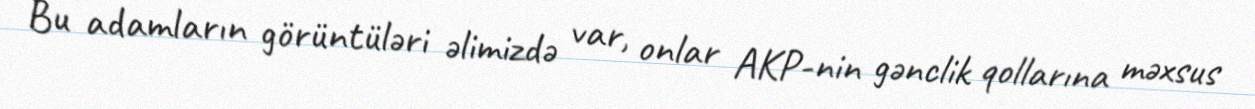
Bu adamların görüntüləri əlimizdə var, onlar AKP-nin gənclik qollarına məxsus